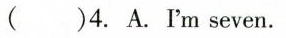
( )4. A.Im seven.